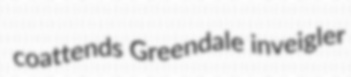
coattends Greendale inveigler